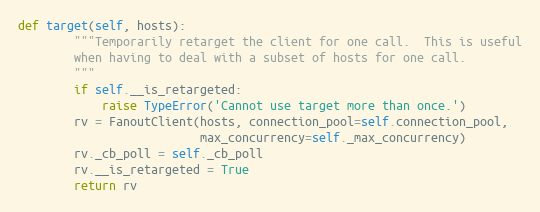
Language: Python
def target(self, hosts):
        """Temporarily retarget the client for one call.  This is useful
        when having to deal with a subset of hosts for one call.
        """
        if self.__is_retargeted:
            raise TypeError('Cannot use target more than once.')
        rv = FanoutClient(hosts, connection_pool=self.connection_pool,
                          max_concurrency=self._max_concurrency)
        rv._cb_poll = self._cb_poll
        rv.__is_retargeted = True
        return rv